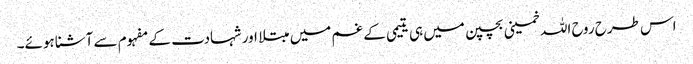
اس طرح روح اللہ خمینی بچپن میں ہی یتیمی کے غم میں مبتلا اور شہادت کے مفہوم سے آشنا ہوئے۔